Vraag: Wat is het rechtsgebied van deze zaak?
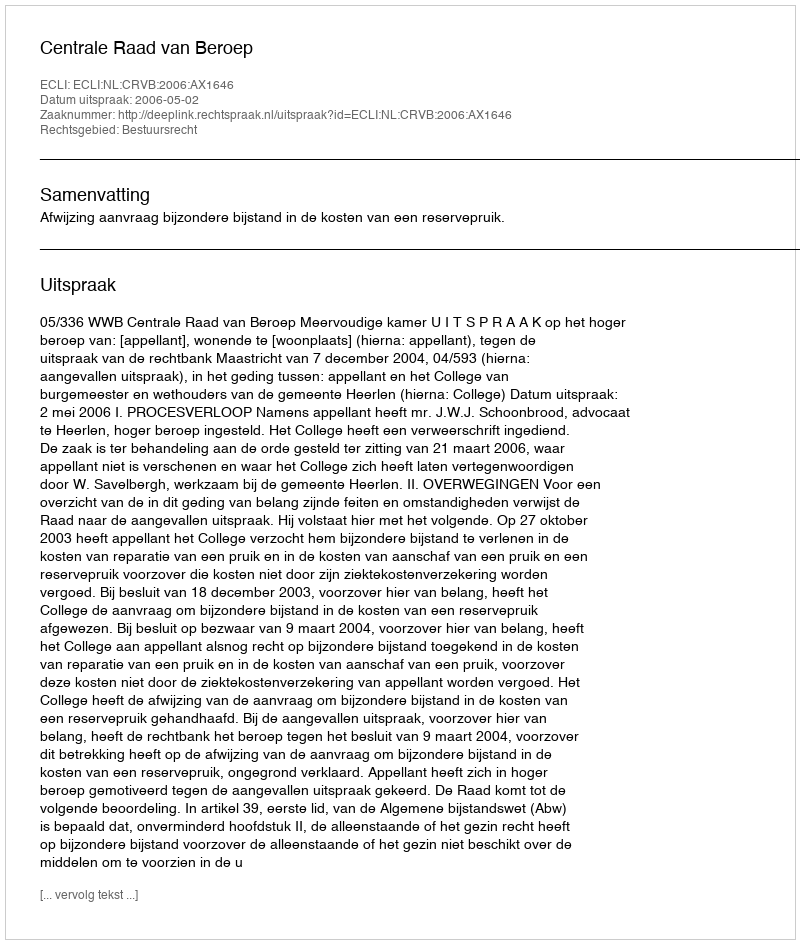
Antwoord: Bestuursrecht